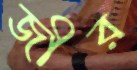
জীর